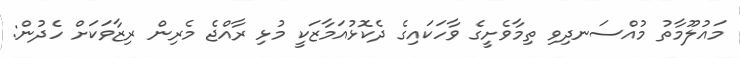
މައުލޫމާތު މުއްސަނދިވި ތިމާވެށީގެ ވާހަކައިގެ ދެކޮޅުއަމާޒަކީ މުޅި ރާއްޖެ މެރިން ރިޒާވަކަށް ހެދުން: